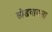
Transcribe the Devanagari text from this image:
सोडवायला